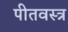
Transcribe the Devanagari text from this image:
पीतवस्त्र